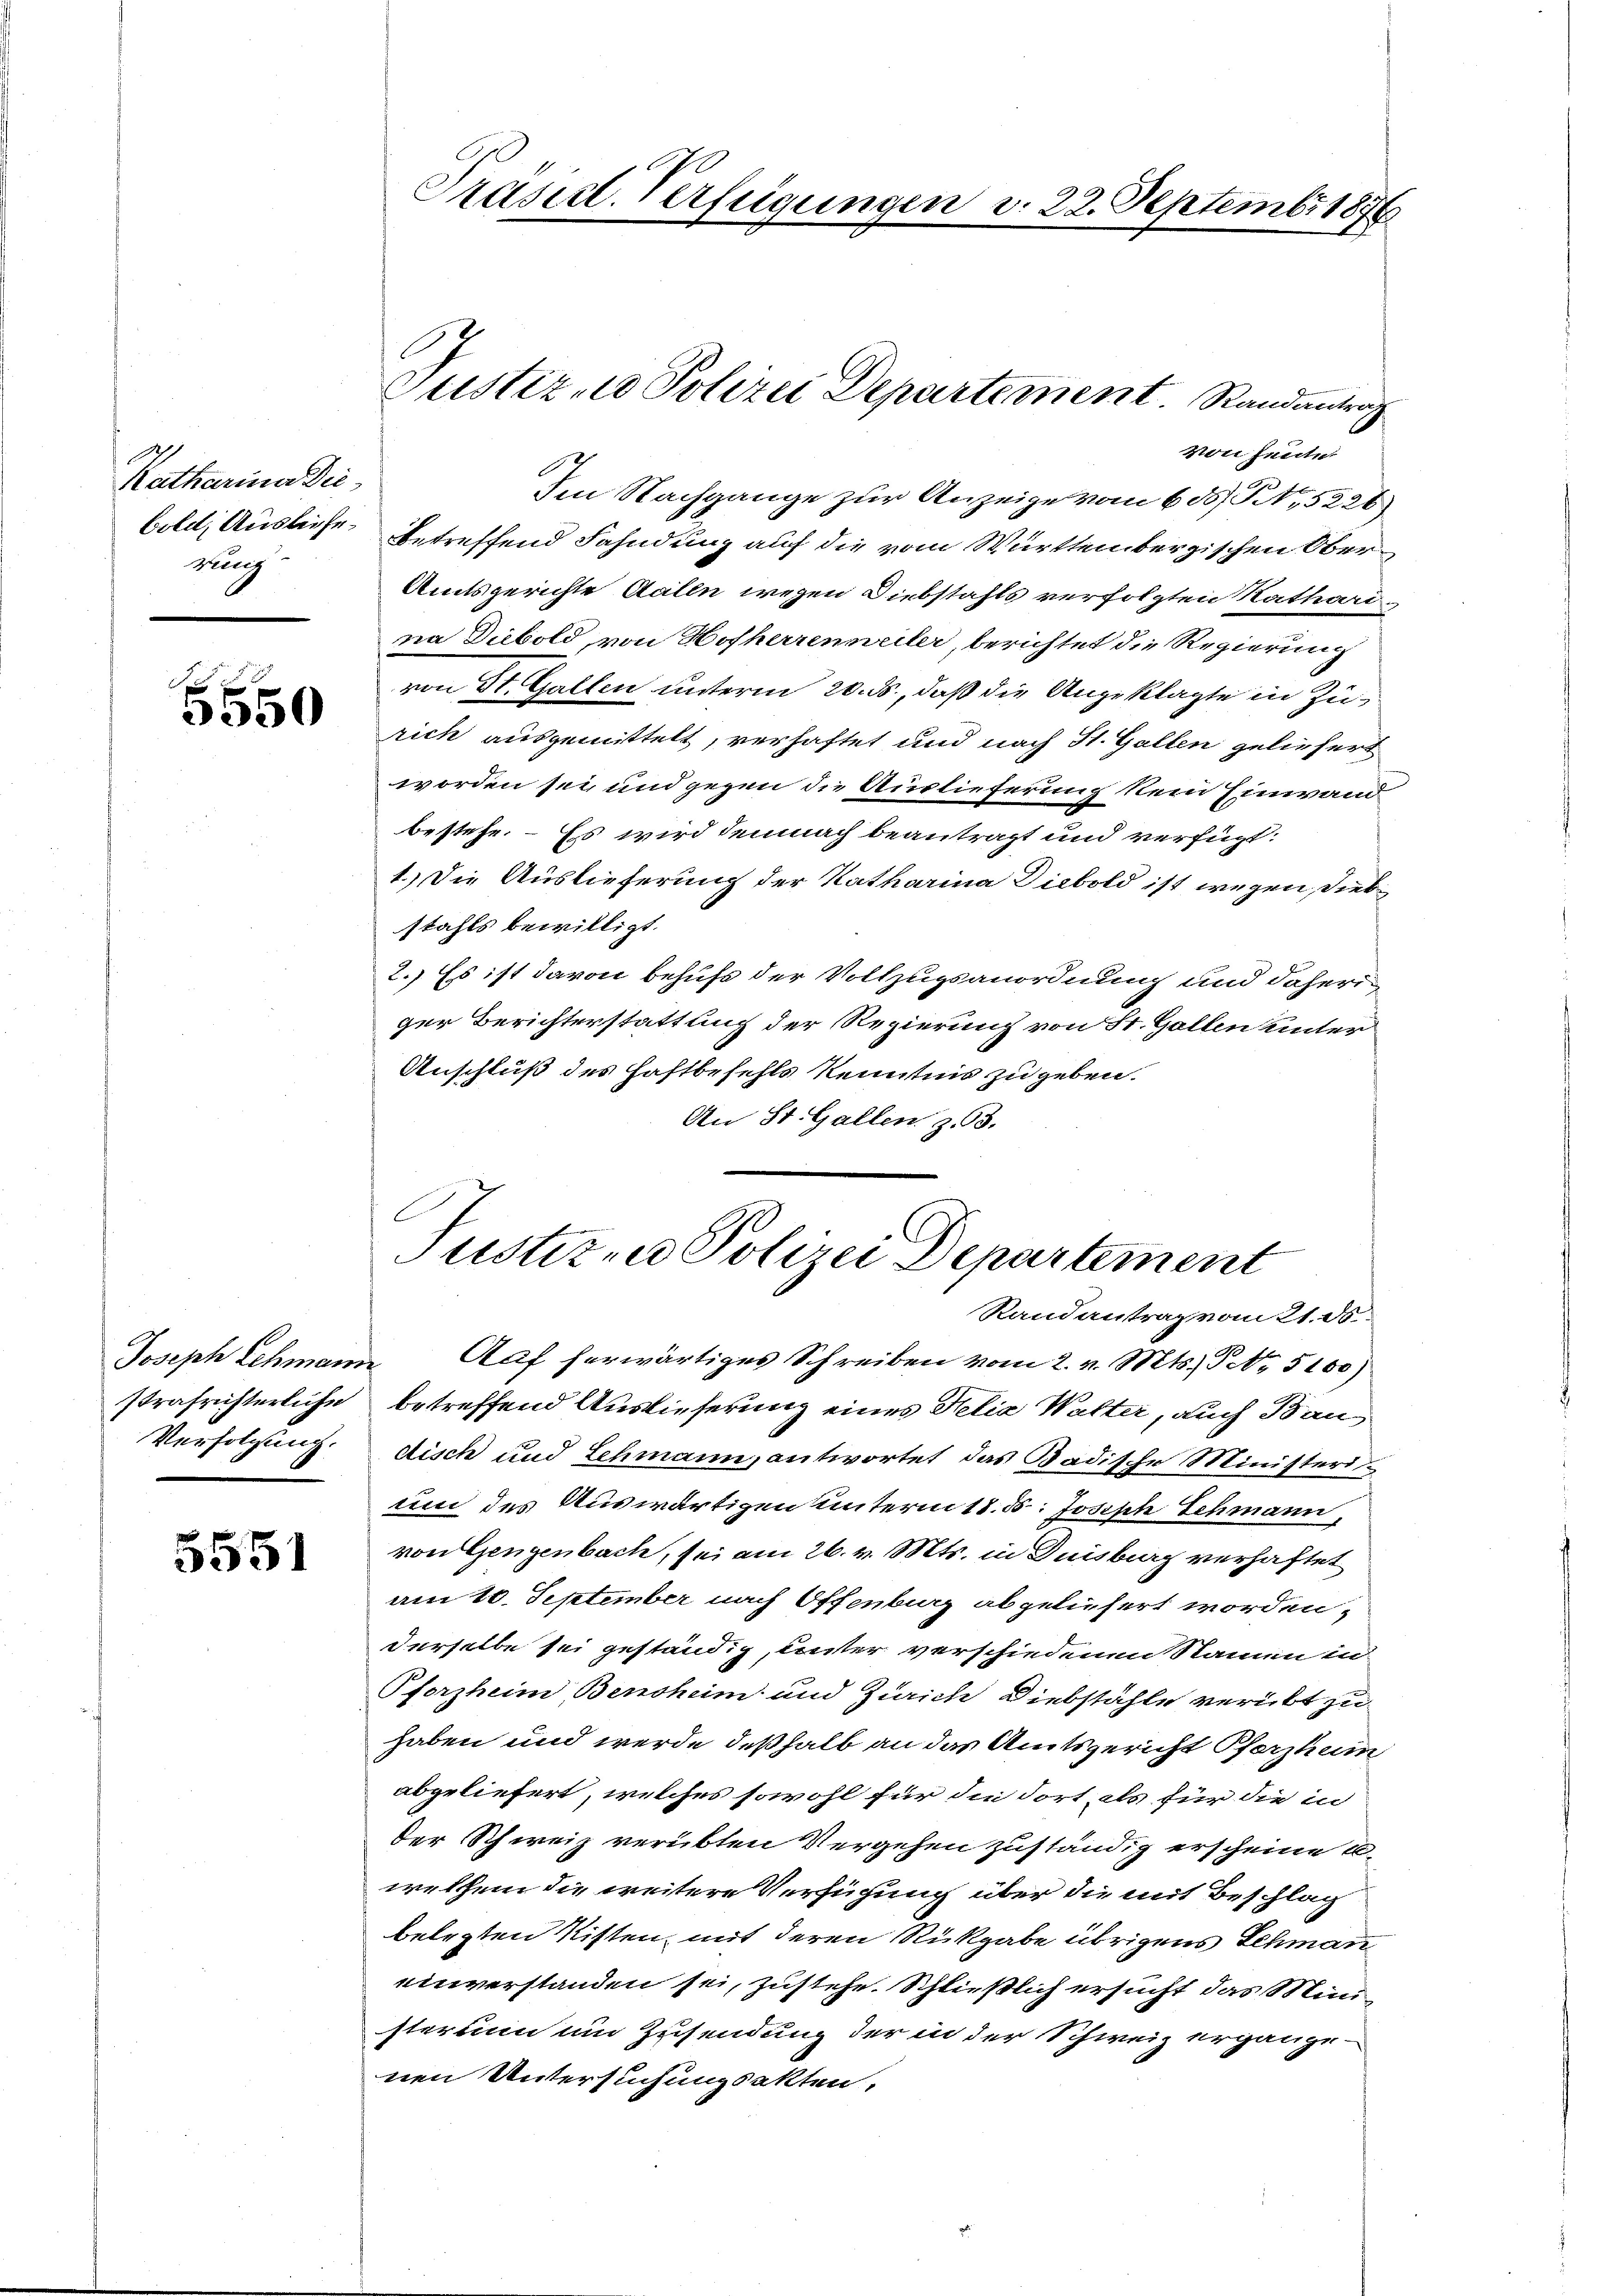
Katharina Die
rung

f f
350

strafrichterliche
Verfolgung.

5551

Präsidt-Verfügungen d. 22. Septembr 1876

von heute.
Im Nachgange zur Anzeige vom 605) Pt, 5226
bold, Ausliefe betreffend Fahndung auf die vom Württembergischen Ober
Amtsgerichte Aalln wegen Diebstahls verfolgten Kathari
na Diebold von Hofherrenmeiler, berichtet die Regierung
von St. Gallen unterm 20. ds., daß die Angeklagte in Zürich ausgemittelt, verhaftet und nach St. Gallen geliefert
worden sei und gegen die Auslieferung kein Einwand
bestehe. Es wird demnach beantragt und verfügt:
1.) Die Auslieferung der Katharina Diebold ist wegen, Diebstahls bewilligt.
2.) Es ist davon behufs der Vollzugsanordnung und daheriger Berichterstattung der Regierung von St. Gallen unter
Anschluß des Haftbefehls Kenntnis zu geben.
An St. Gallen, z. 63.

Justiz- u Polizei Departement. Randantrag

Justiz- u Polizei Departement
Randantrag vom 21. ds.

Joseph Schmann Auf herwärtiges Schreiben vom 2. v. Mts. S. 5100)
betreffend Auslieferung eines Delia Watter, auch Baudisch und Schmann, antwortet das Badische Ministeriuin des Auswärtigen unterm 18. ds. Joseph Schmann,
von Gengenbach, sei am 26. v. Mts. in Duisburg verhaftet
am 10. September nach Offenbarg abgeliefert worden,
derselbe sei geständig, unter verschiedenen Namen in
Pforzheim Bensheim und Zürich Diebstähle verübt zu
haben und werde deßhalb an das Amtsgericht Pfershum
abgeliefert, welches sowohl für die dort als für die in
der Schweiz verübten Vergehen zuständig erscheine u
welchem die weitere Verfügung über die mit Beschlag
betreten Kisten, mit deren Rückgabe übrigens Schman
einverstanden sei, zustehe. Schließlich ersucht das Mini
sterium um Zusendung der in der Schweiz ergange-
nen Untersuchungsakten.